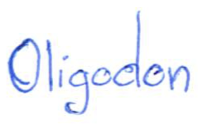
Text: Oligodon
Cross-out: clean
Writing tool: ballpoint